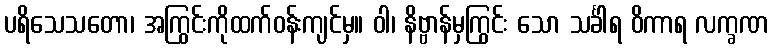
ပရိသေသတော၊ အကြွင်းကိုထက်ဝန်းကျင်မှ။ ဝါ၊ နိဗ္ဗာန်မှကြွင်း သော သင်္ခါရ ဝိကာရ လက္ခဏ